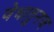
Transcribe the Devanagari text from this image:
वेधातुनच